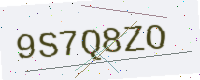
Text: 9S7Q8ZO